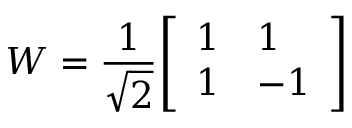
W = { \frac { 1 } { \sqrt { 2 } } } { \left[ \begin{array} { l l } { 1 } & { 1 } \\ { 1 } & { - 1 } \end{array} \right] }